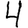
Digit: 4